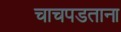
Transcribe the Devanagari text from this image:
चाचपडताना